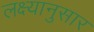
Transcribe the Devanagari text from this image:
लक्ष्यानुसार